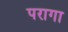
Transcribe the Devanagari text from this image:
परागा